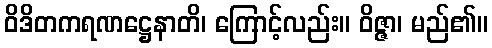
ဝိဒိတကရဏဋ္ဌေနာတိ၊ ကြောင့်လည်း။ ဝိဇ္ဇာ၊ မည်၏။